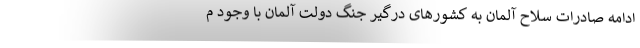
ادامه صادرات سلاح آلمان به کشورهای درگیر جنگ دولت آلمان با وجود م